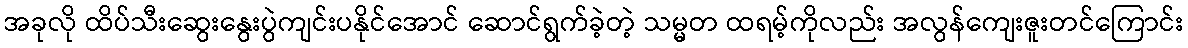
အခုလို ထိပ်သီးဆွေးနွေးပွဲကျင်းပနိုင်အောင် ဆောင်ရွက်ခဲ့တဲ့ သမ္မတ ထရမ့်ကိုလည်း အလွန်ကျေးဇူးတင်ကြောင်း